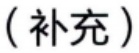
（补充）